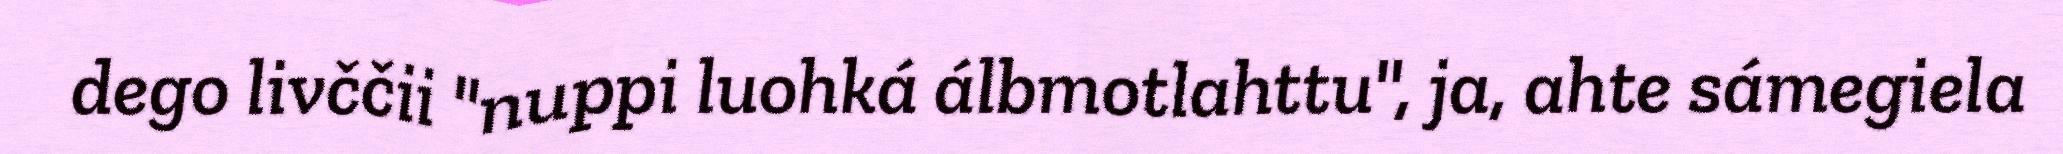
dego livččii "nuppi luohká álbmotlahttu", ja, ahte sámegiela